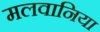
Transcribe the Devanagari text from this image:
मलवानिया